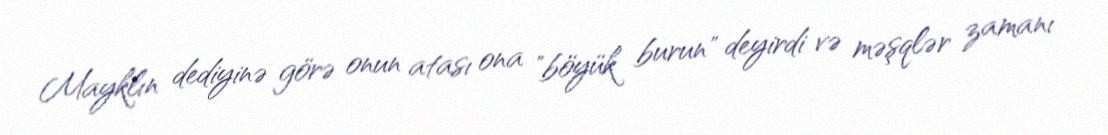
Mayklın dediyinə görə onun atası ona "böyük burun" deyirdi və məşqlər zamanı